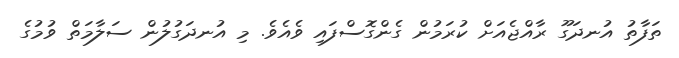
ތަފާތު އުނދަގޫ ރާއްޖެއަށް ކުރަމުން ގެންގޮސްފައި ވެއެވެ. މި އުނދަގުލުން ސަލާމަތް ވުމުގެ